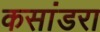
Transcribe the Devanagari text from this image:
कसांडरा